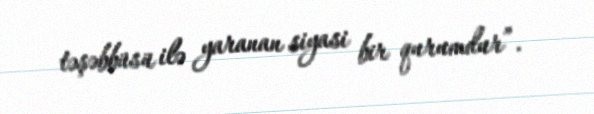
təşəbbüsü ilə yaranan siyasi bir qurumdur”.